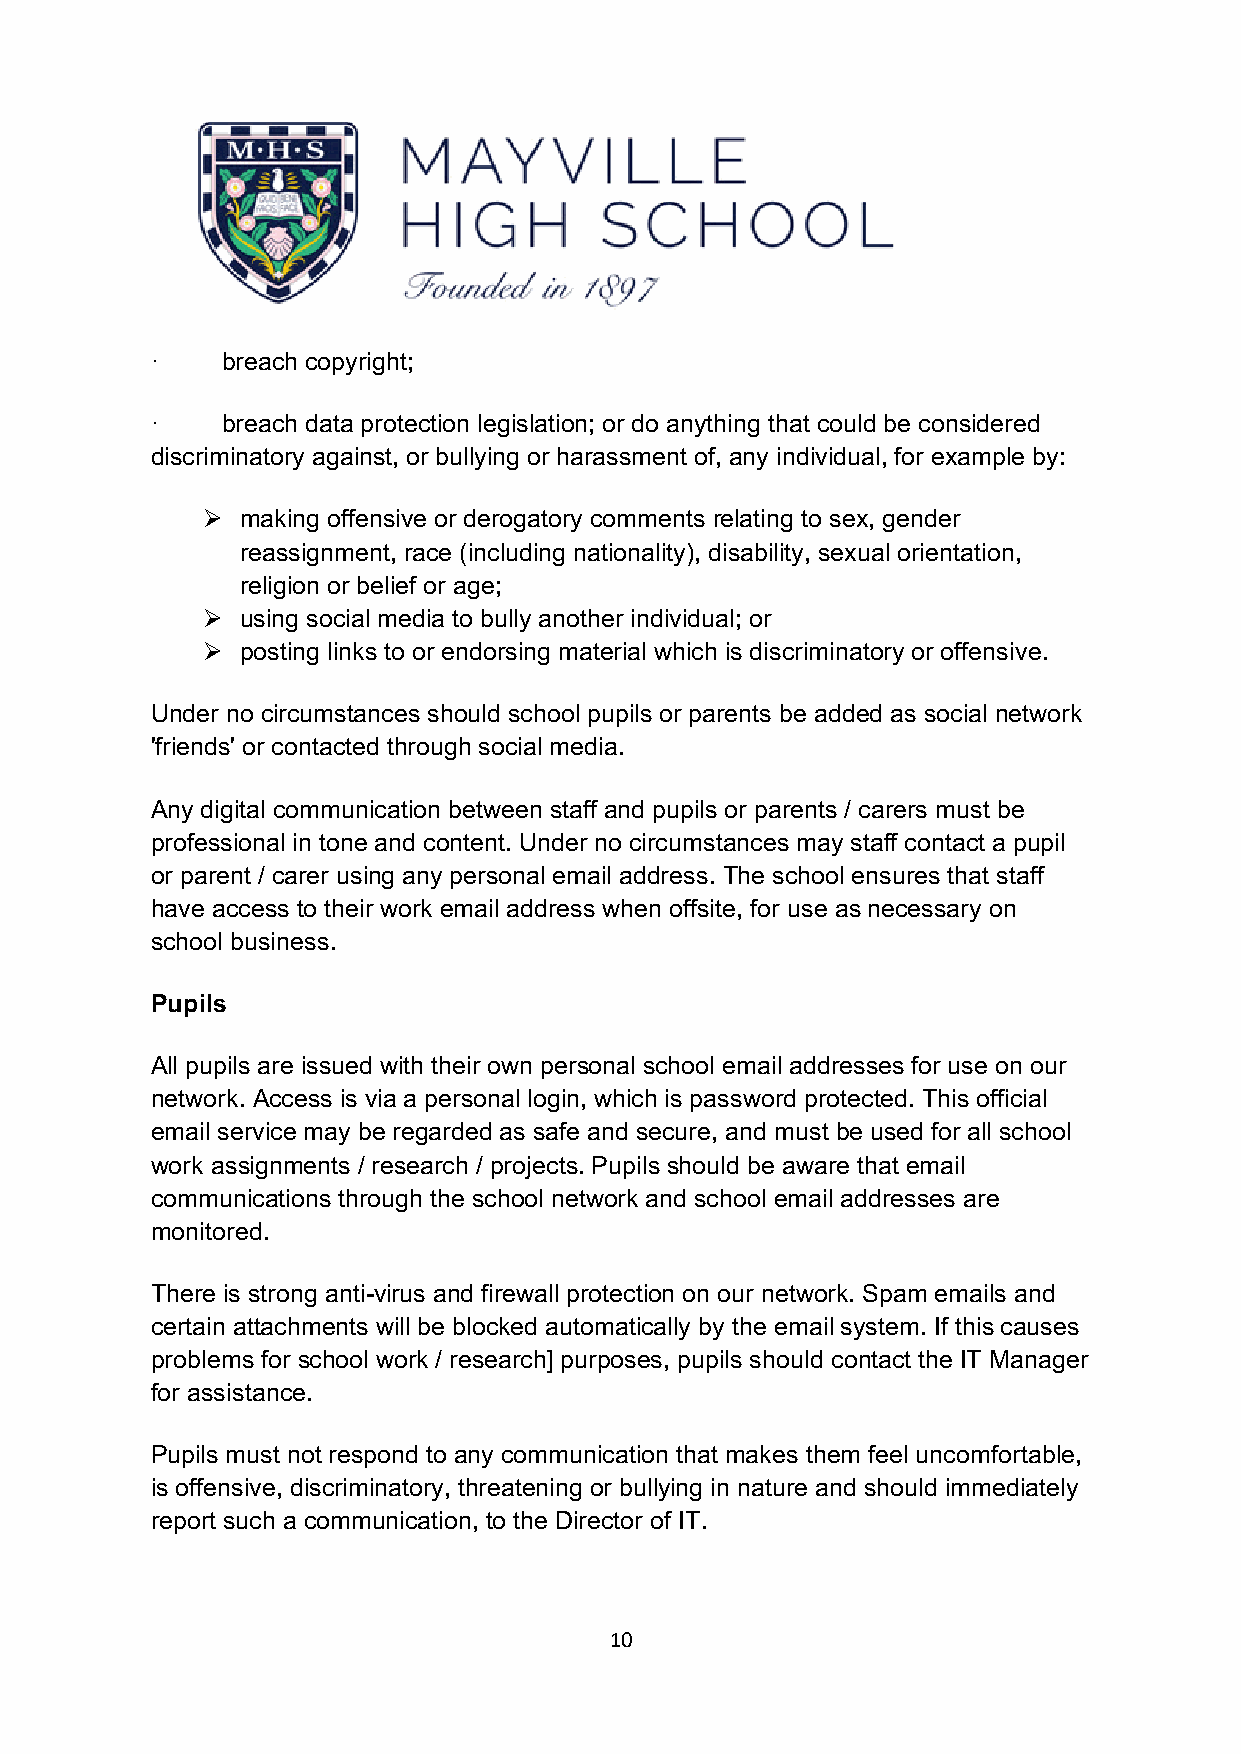
·    breach copyright;
 ·    breach data protection legislation; or do anything that could be considered
 discriminatory against, or bullying or harassment of, any individual, for example by:
 Ø  making offensive or derogatory comments relating to sex, gender
 reassignment, race (including nationality), disability, sexual orientation,
 religion or belief or age;
 Ø  using social media to bully another individual; or
 Ø  posting links to or endorsing material which is discriminatory or offensive.
 Under no circumstances should school pupils or parents be added as social network
 'friends' or contacted through social media.
 Any digital communication between staff and pupils or parents / carers must be
 professional in tone and content. Under no circumstances may staff contact a pupil
 or parent / carer using any personal email address. The school ensures that staff
 have access to their work email address when offsite, for use as necessary on
 school business.
 Pupils
 All pupils are issued with their own personal school email addresses for use on our
 network. Access is via a personal login, which is password protected. This official
 email service may be regarded as safe and secure, and must be used for all school
 work assignments / research / projects. Pupils should be aware that email
 communications through the school network and school email addresses are
 monitored.
 There is strong anti-virus and firewall protection on our network. Spam emails and
 certain attachments will be blocked automatically by the email system. If this causes
 problems for school work / research] purposes, pupils should contact the IT Manager
 for assistance.
 Pupils must not respond to any communication that makes them feel uncomfortable,
 is offensive, discriminatory, threatening or bullying in nature and should immediately
 report such a communication, to the Director of IT.
 10